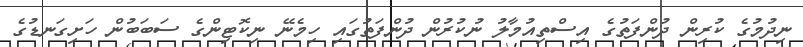
ނިދުމުގެ ކުރިން ދުންފަތުގެ އިސްތިއުމާލު ނުކުރުން ދުންފަތުގައި ހިމެނޭ ނިކޮޓިންގެ ސަބަބުން ހަށިގަނޑުގެ